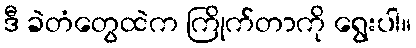
ဒီ ခဲတံတွေထဲက ကြိုက်တာကို ရွေးပါ။